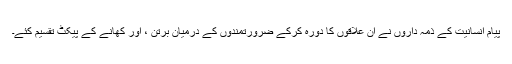
پیامِ انسانیت کے ذمہ داروں نے ان علاقوں کا دورہ کرکے ضرورتمندوں کے درمیان برتن ، اور کھانے کے پیکٹ تقسیم کئے۔